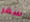
سفر